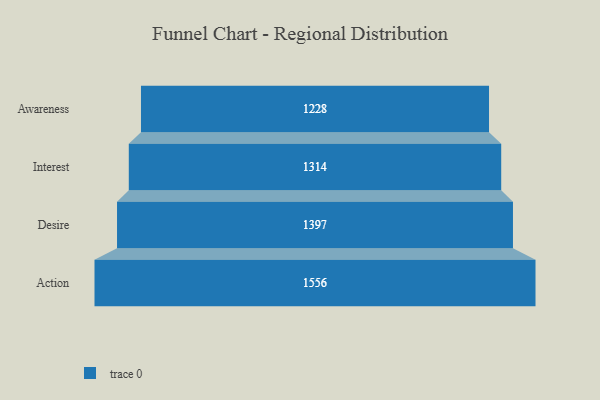
{"axis": {"x": "Stage", "y": "Value"}, "legend": [""], "data": [{"x": "Awareness", "y": 1228.0, "type": ""}, {"x": "Interest", "y": 1314.0, "type": ""}, {"x": "Desire", "y": 1397.0, "type": ""}, {"x": "Action", "y": 1556.0, "type": ""}]}